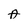
Character: A